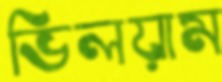
ভিলয়াম